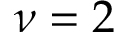
\nu = 2